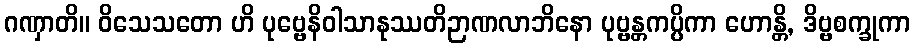
ဂဏှာတိ။ ဝိသေသတော ဟိ ပုဗ္ဗေနိဝါသာနုဿတိဉာဏလာဘိနော ပုဗ္ဗန္တကပ္ပိကာ ဟောန္တိ, ဒိဗ္ဗစက္ခုကာ